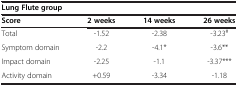
| <COLSPAN=4> Lung Flute group |
 | Score | 2 weeks | 14 weeks | 26 weeks |
 | --- | --- | --- | --- |
 | Total | -1.52 | -2.38 | -3.23# |
 | Symptom domain | -2.2 | -4.1* | -3.6** |
 | Impact domain | -2.25 | -1.1 | -3.37*** |
 | Activity domain | +0.59 | -3.34 | -1.18 |